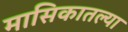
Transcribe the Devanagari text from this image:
मासिकातल्या